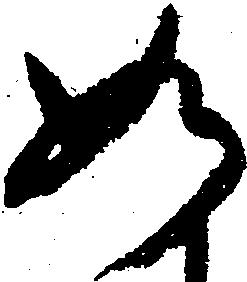
如